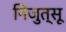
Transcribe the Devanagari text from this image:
निंजुत्सू